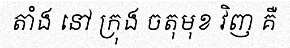
តាំង នៅ ក្រុង ចតុមុខ វិញ គឺ